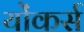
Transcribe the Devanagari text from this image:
योंकर्स